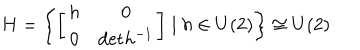
LaTeX: H = \left\{ \left[ \begin{array} { c c } { { h } } & { { 0 } } \\ { { 0 } } & { { \mathrm { d e t } h ^ { - 1 } } } \\ \end{array} \right] \mid { h } \in { U } ( 2 ) \right\} \cong U ( 2 )